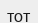
тот